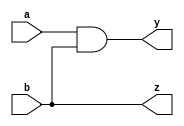
module simple_continuous_assignment (
    input wire a,         // First input
    input wire b,         // Second input
    output wire y,        // Output
    output wire z         // Another output
);

    // Continuous assignment of the logical AND of inputs a and b to output y
    assign y = a & b;     // y is 1 if both a and b are 1

    // Continuous assignment of a 2-bit bus formed by inputs a and b to output z
    assign z = {a, b};    // z is a 2-bit concatenation of a and b

endmodule